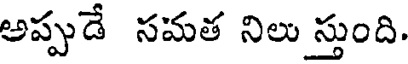
అప్పుడే సమత నిలు స్తుంది.